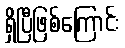
ရှိပြီဖြစ်ကြောင်း